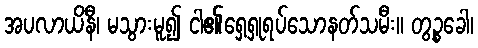
အပလာယိနီ၊ မသွားမူ၍ ငါ၏ရှေ့ရှုရပ်သောနတ်သမီး။ တွဉ္စခေါ၊